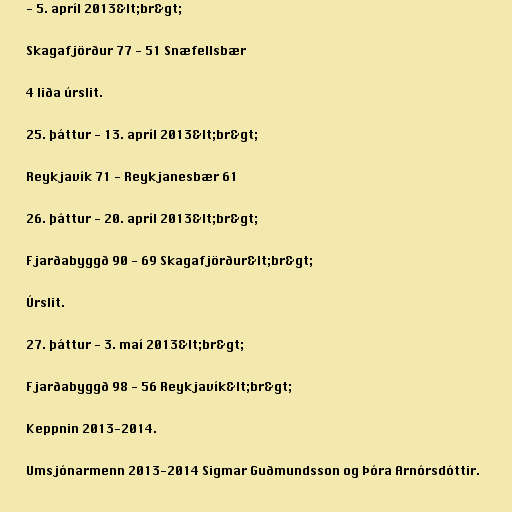
- 5. apríl 2013&lt;br&gt;

Skagafjörður 77 - 51 Snæfellsbær

4 liða úrslit.

25. þáttur - 13. apríl 2013&lt;br&gt;

Reykjavík 71 - Reykjanesbær 61

26. þáttur - 20. apríl 2013&lt;br&gt;

Fjarðabyggð 90 - 69 Skagafjörður&lt;br&gt;

Úrslit.

27. þáttur - 3. maí 2013&lt;br&gt;

Fjarðabyggð 98 - 56 Reykjavík&lt;br&gt;

Keppnin 2013-2014.

Umsjónarmenn 2013-2014 Sigmar Guðmundsson og Þóra Arnórsdóttir.